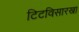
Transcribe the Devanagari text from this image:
टिटविसारखा